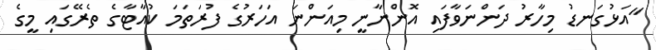
"އަޅުގަނޑު މިހާރު ދަންނަވާފައި އޮންނާނީ މިއަންނަ އަހަރުގެ ފުރަތަމަ ކުއާޓާގެ ތެރޭގައި މީގެ